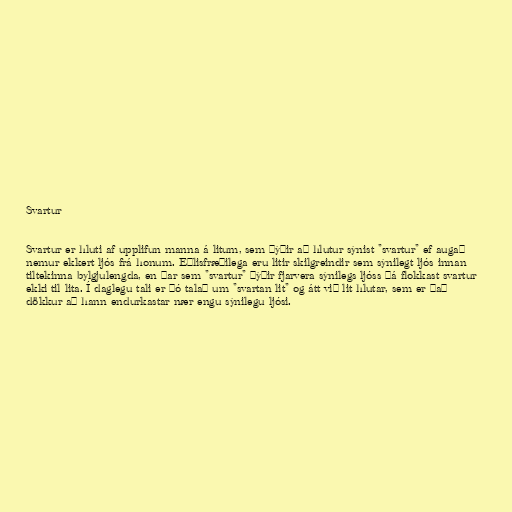
Svartur

Svartur er hluti af upplifun manna á litum, sem þýðir að hlutur sýnist "svartur" ef augað
nemur ekkert ljós frá honum. Eðlisfræðilega eru litir skilgreindir sem sýnilegt ljós innan
tiltekinna bylgjulengda, en þar sem "svartur" þýðir fjarvera sýnilegs ljóss þá flokkast svartur
ekki til lita. Í daglegu tali er þó talað um "svartan lit" og átt við lit hlutar, sem er það
dökkur að hann endurkastar nær engu sýnilegu ljósi.